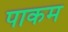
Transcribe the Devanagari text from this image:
पाकम